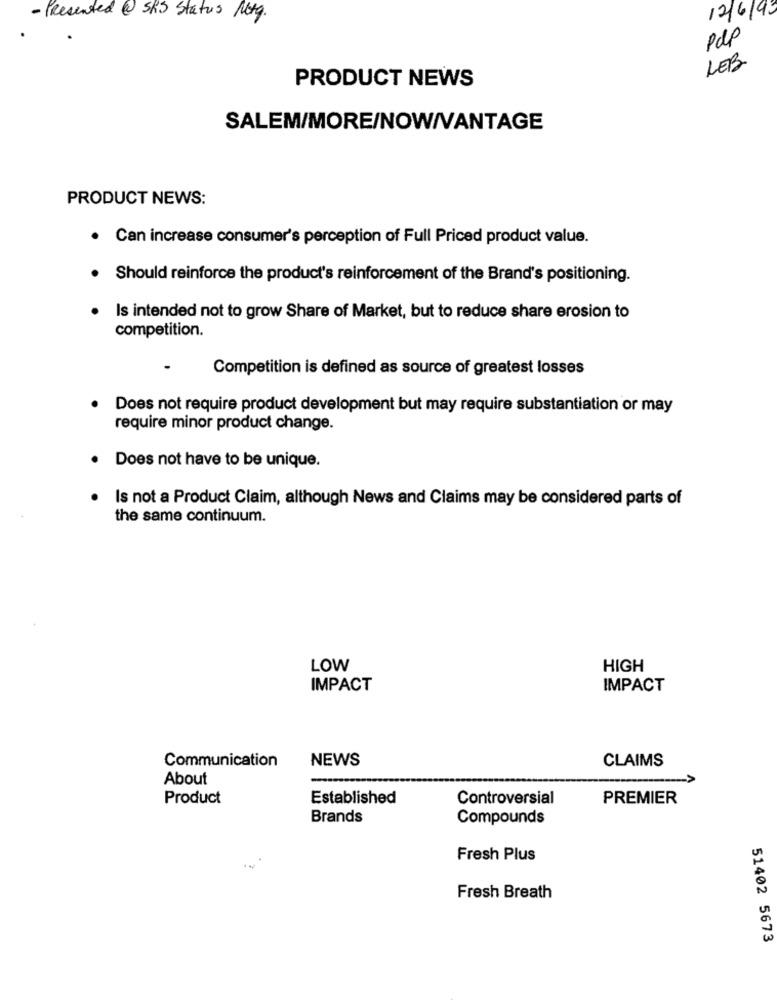
12/6/93
- Presented @ SKS Status Noty.
Pdp
LEB
PRODUCT NEWS
SALEM/MORE/NOW/VANTAGE
PRODUCT NEWS:
· Can increase consumer's perception of Full Priced product value.
. Should reinforce the product's reinforcement of the Brand's positioning.
Is intended not to grow Share of Market, but to reduce share erosion to
competition.
Competition is defined as source of greatest losses
Does not require product development but may require substantiation or may
require minor product change.
Does not have to be unique.
Is not a Product Claim, although News and Claims may be considered parts of
the same continuum.
LOW
HIGH
IMPACT
IMPACT
Communication
NEWS
CLAIMS
About
Product
Established
Controversial
PREMIER
Brands
Compounds
Fresh Plus
Fresh Breath
51402 5673